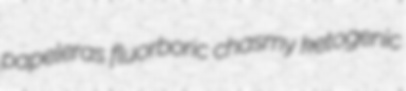
papeleras fluorboric chasmy ketogenic